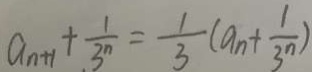
a _ { n + 1 } + \frac { 1 } { 3 ^ { n } } = \frac { 1 } { 3 } ( a _ { n } + \frac { 1 } { 3 ^ { n } } )